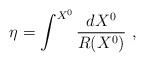
LaTeX: \begin{align*}\eta = \int^{X^0} \frac{d X^0}{R(X^0)}~,\end{align*}